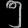
Digit: ၅